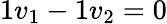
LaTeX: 1v_{1}-1v_{2}=0